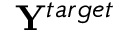
{ \bf Y } ^ { t a r g e t }